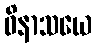
ဝိနာသယေ